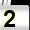
Digit: 2